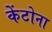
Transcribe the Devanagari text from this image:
केंटोना